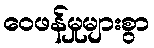
ဝေဖန်မှုများစွာ